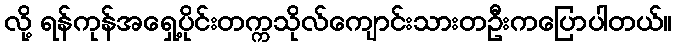
လို့ ရန်ကုန်အရှေ့ပိုင်းတက္ကသိုလ်ကျောင်းသားတဦးကပြောပါတယ်။